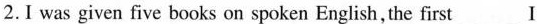
2. I was given five books on spoken English,the first ___ I